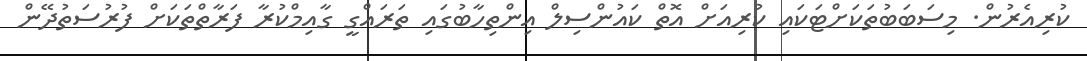
ކުރިއެރުން. މިސަބަބުތަކަށްޓަކައި ކުރިއަށް އޮތް ކައުންސިލް އިންތިހާބުގައި ތަރައްގީ ގާއިމްކުރާ ފަރާތްތަކަށް ފުރުސަތުދޭން